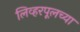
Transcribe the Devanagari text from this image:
लिव्हरपूलच्या